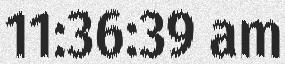
11:36:39 am